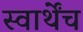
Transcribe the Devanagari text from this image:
स्वार्थेंच